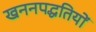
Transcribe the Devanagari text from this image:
खननपद्धतियों